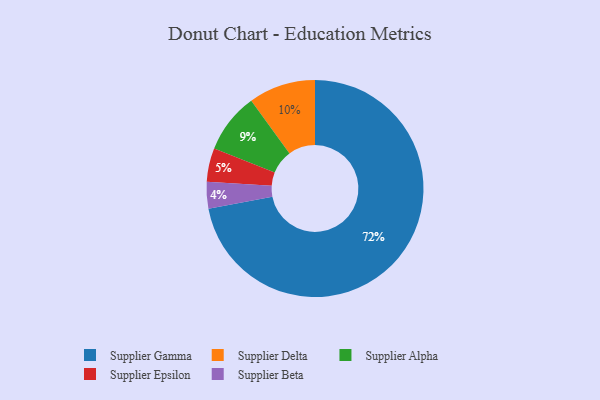
{"axis": {"x": "Category", "y": "Percentage"}, "legend": ["Supplier Alpha", "Supplier Beta", "Supplier Delta", "Supplier Epsilon", "Supplier Gamma"], "data": [{"x": "Supplier Beta", "y": 4, "type": "Supplier Beta"}, {"x": "Supplier Alpha", "y": 9, "type": "Supplier Alpha"}, {"x": "Supplier Gamma", "y": 72, "type": "Supplier Gamma"}, {"x": "Supplier Delta", "y": 10, "type": "Supplier Delta"}, {"x": "Supplier Epsilon", "y": 5, "type": "Supplier Epsilon"}]}